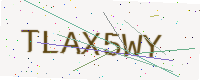
Text: TLAX5WY